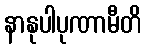
နာနုပါပုဏာမီတိ